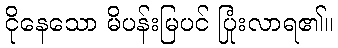
ငိုနေသော မိပန်းမြပင် ပြုံးလာရ၏။